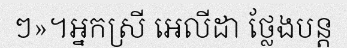
ៗ»។អ្នកស្រី អេលីដា ថ្លែងបន្ត